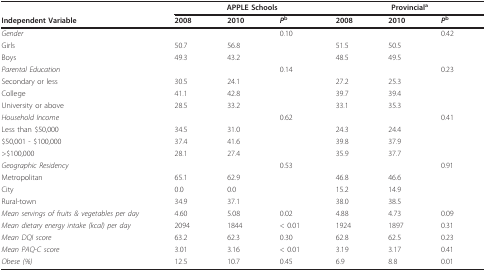
<table><thead><tr><td></td><td colspan="3"><b>APPLE Schools</b></td><td colspan="3"><b>Provincial<sup>a</sup></b></td></tr><tr><td><b>Independent Variable</b></td><td><b>2008</b></td><td><b>2010</b></td><td><b><i>P</i><sup>b</sup></b></td><td><b>2008</b></td><td><b>2010</b></td><td><b><i>P</i><sup>b</sup></b></td></tr></thead><tbody><tr><td><i>Gender</i></td><td></td><td></td><td>0.10</td><td></td><td></td><td>0.42</td></tr><tr><td>Girls</td><td>50.7</td><td>56.8</td><td></td><td>51.5</td><td>50.5</td><td></td></tr><tr><td>Boys</td><td>49.3</td><td>43.2</td><td></td><td>48.5</td><td>49.5</td><td></td></tr><tr><td><i>Parental Education</i></td><td></td><td></td><td>0.14</td><td></td><td></td><td>0.23</td></tr><tr><td>Secondary or less</td><td>30.5</td><td>24.1</td><td></td><td>27.2</td><td>25.3</td><td></td></tr><tr><td>College</td><td>41.1</td><td>42.8</td><td></td><td>39.7</td><td>39.4</td><td></td></tr><tr><td>University or above</td><td>28.5</td><td>33.2</td><td></td><td>33.1</td><td>35.3</td><td></td></tr><tr><td><i>Household Income</i></td><td></td><td></td><td>0.62</td><td></td><td></td><td>0.41</td></tr><tr><td>Less than $50,000</td><td>34.5</td><td>31.0</td><td></td><td>24.3</td><td>24.4</td><td></td></tr><tr><td>$50,001 - $100,000</td><td>37.4</td><td>41.6</td><td></td><td>39.8</td><td>37.9</td><td></td></tr><tr><td>&gt;$100,000</td><td>28.1</td><td>27.4</td><td></td><td>35.9</td><td>37.7</td><td></td></tr><tr><td><i>Geographic Residency</i></td><td></td><td></td><td>0.53</td><td></td><td></td><td>0.91</td></tr><tr><td>Metropolitan</td><td>65.1</td><td>62.9</td><td></td><td>46.8</td><td>46.6</td><td></td></tr><tr><td>City</td><td>0.0</td><td>0.0</td><td></td><td>15.2</td><td>14.9</td><td></td></tr><tr><td>Rural-town</td><td>34.9</td><td>37.1</td><td></td><td>38.0</td><td>38.5</td><td></td></tr><tr><td><i>Mean servings of fruits &amp; vegetables per day</i></td><td>4.60</td><td>5.08</td><td>0.02</td><td>4.88</td><td>4.73</td><td>0.09</td></tr><tr><td><i>Mean dietary energy intake (kcal) per day</i></td><td>2094</td><td>1844</td><td>&lt; 0.01</td><td>1924</td><td>1897</td><td>0.31</td></tr><tr><td><i>Mean DQI score</i></td><td>63.2</td><td>62.3</td><td>0.30</td><td>62.8</td><td>62.5</td><td>0.23</td></tr><tr><td><i>Mean PAQ-C score</i></td><td>3.01</td><td>3.16</td><td>&lt; 0.01</td><td>3.19</td><td>3.17</td><td>0.41</td></tr><tr><td><i>Obese (%)</i></td><td>12.5</td><td>10.7</td><td>0.45</td><td>6.9</td><td>8.8</td><td>0.01</td></tr></tbody></table>